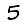
Digit: 5